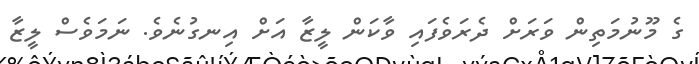
ގެ މޫނުމަތިން ވަރަށް ދެރަވެފައި ވާކަން ލީޒާ އަށް އިނގުނެވެ. ނަމަވެސް ލީޒާ